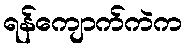
ရန်ကျောက်ကဲက